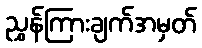
ညွှန်ကြားချက်အမှတ်